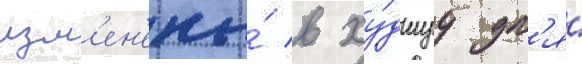
изм'ен'ены́ в ху́дшуу дл'я́